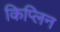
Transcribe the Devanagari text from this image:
किप्लिन